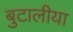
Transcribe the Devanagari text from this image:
बुटालीया